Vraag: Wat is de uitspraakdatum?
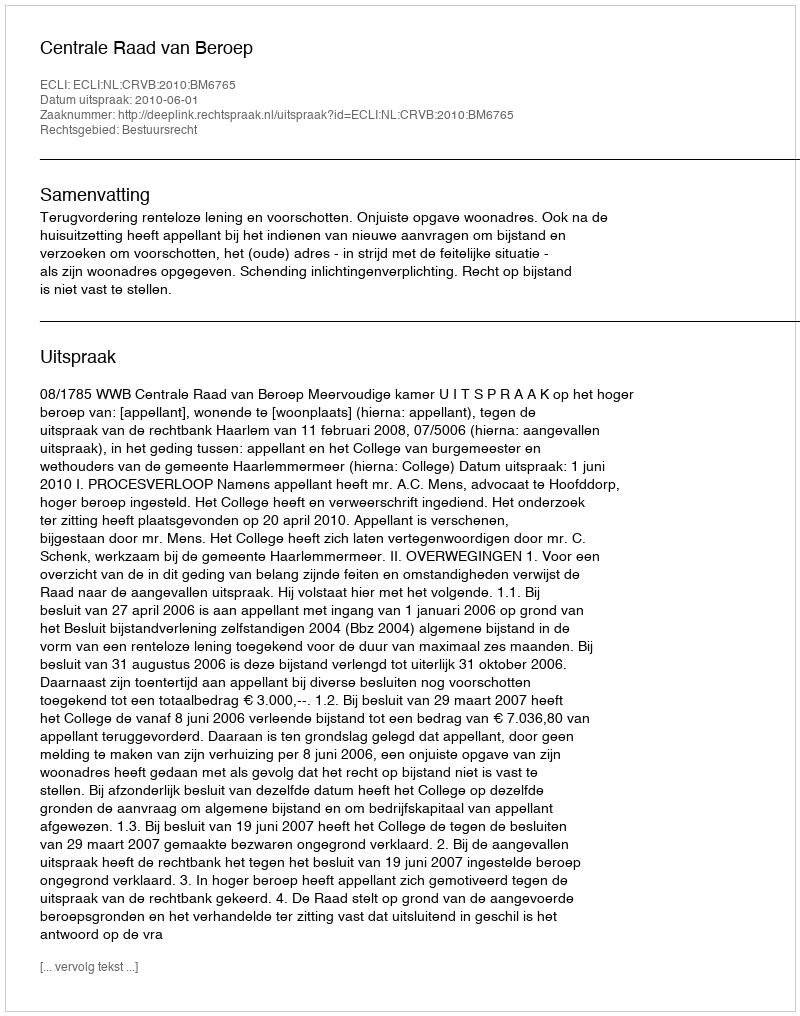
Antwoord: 2010-06-01